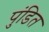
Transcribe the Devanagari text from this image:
पुंडित